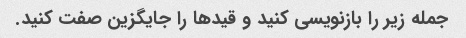
جمله زیر را بازنویسی کنید و قیدها را جایگزین صفت کنید.